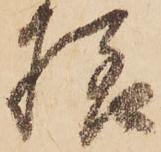
様